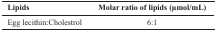
<table><thead><tr><td><b>Lipids</b></td><td><b>Molar ratio of lipids (μmol/mL)</b></td></tr></thead><tbody><tr><td>Egg lecithin:Cholestrol</td><td>6:1</td></tr></tbody></table>